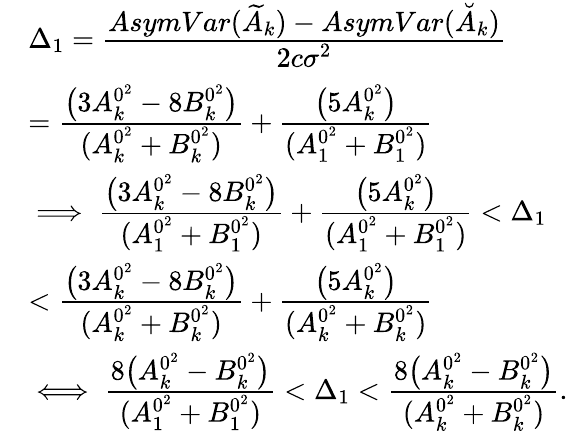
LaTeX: \begin{array}{rl}&{\Delta_{1}=\cfrac{AsymVar(\widetilde{A}_{k})-AsymVar(\breve{A}_{k})}{2c\sigma^{2}}}\\ &{=\cfrac{\big(3A_{k}^{0^{2}}-8B_{k}^{0^{2}}\big)}{(A_{k}^{0^{2}}+B_{k}^{0^{2}})}+\cfrac{\big(5A_{k}^{0^{2}}\big)}{(A_{1}^{0^{2}}+B_{1}^{0^{2}})}}\\ &{\implies\cfrac{\big(3A_{k}^{0^{2}}-8B_{k}^{0^{2}}\big)}{(A_{1}^{0^{2}}+B_{1}^{0^{2}})}+\cfrac{\big(5A_{k}^{0^{2}}\big)}{(A_{1}^{0^{2}}+B_{1}^{0^{2}})}<\Delta_{1}}\\ &{<\cfrac{\big(3A_{k}^{0^{2}}-8B_{k}^{0^{2}}\big)}{(A_{k}^{0^{2}}+B_{k}^{0^{2}})}+\cfrac{\big(5A_{k}^{0^{2}}\big)}{(A_{k}^{0^{2}}+B_{k}^{0^{2}})}}\\ &{\iff\cfrac{8\big(A_{k}^{0^{2}}-B_{k}^{0^{2}}\big)}{(A_{1}^{0^{2}}+B_{1}^{0^{2}})}<\Delta_{1}<\cfrac{8\big(A_{k}^{0^{2}}-B_{k}^{0^{2}}\big)}{(A_{k}^{0^{2}}+B_{k}^{0^{2}})}.}\end{array}